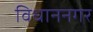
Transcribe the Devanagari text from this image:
विधाननगर